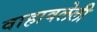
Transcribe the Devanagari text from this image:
वाहावलेली